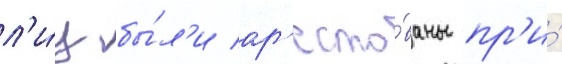
л'и́ц бы́л'и ар'есто́ваны пр'и́